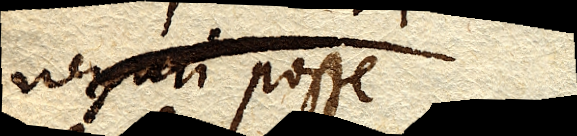
negari posse